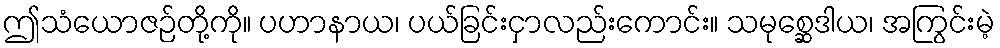
ဤသံယောဇဉ်တို့ကို။ ပဟာနာယ၊ ပယ်ခြင်းငှာလည်းကောင်း။ သမုစ္ဆေဒါယ၊ အကြွင်းမဲ့